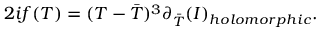
2 i f ( T ) = ( T - { \bar { T } } ) ^ { 3 } \partial _ { \bar { T } } { ( { \cal I } ) } _ { h o l o m o r p h i c } .